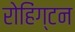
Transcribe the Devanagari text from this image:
रोहिंग्टन